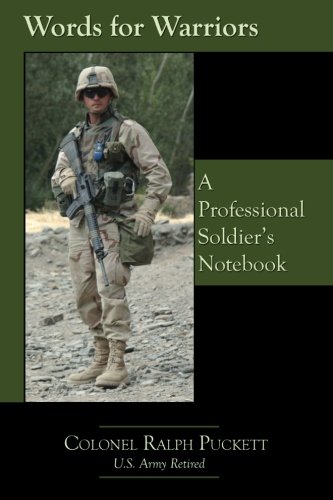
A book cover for Words for Warriors; Ralph Puckett; Engineering & Transportation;